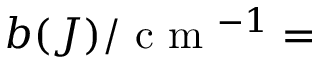
b ( J ) / \textrm { c m } ^ { - 1 } =